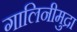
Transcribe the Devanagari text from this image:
गालिनीमुद्रा